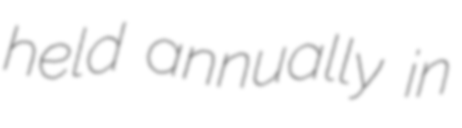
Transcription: held annually in